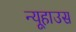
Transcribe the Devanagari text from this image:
न्यूहाउस